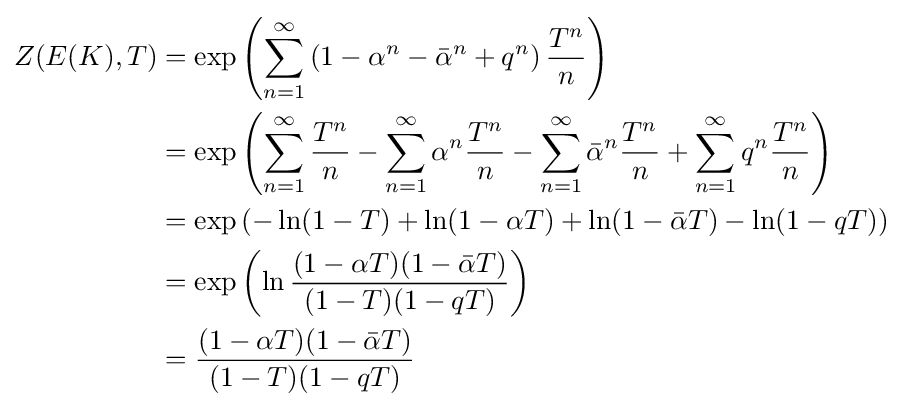
{\begin{alignedat}{2}Z(E(K),T)&=\exp \left(\sum _{n=1}^{\infty }\left(1-\alpha ^{n}-{\bar {\alpha }}^{n}+q^{n}\right){T^{n} \over n}\right)\\&=\exp \left(\sum _{n=1}^{\infty }{T^{n} \over n}-\sum _{n=1}^{\infty }\alpha ^{n}{T^{n} \over n}-\sum _{n=1}^{\infty }{\bar {\alpha }}^{n}{T^{n} \over n}+\sum _{n=1}^{\infty }q^{n}{T^{n} \over n}\right)\\&=\exp \left(-\ln(1-T)+\ln(1-\alpha T)+\ln(1-{\bar {\alpha }}T)-\ln(1-qT)\right)\\&=\exp \left(\ln {\frac {(1-\alpha T)(1-{\bar {\alpha }}T)}{(1-T)(1-qT)}}\right)\\&={\frac {(1-\alpha T)(1-{\bar {\alpha }}T)}{(1-T)(1-qT)}}\\\end{alignedat}}